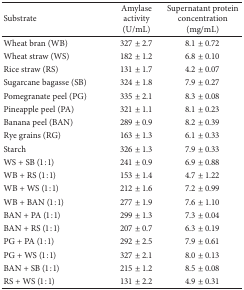
<table><thead><tr><td><b>Substrate</b></td><td><b>Amylase activity (U/mL)</b></td><td><b>Supernatant protein concentration (mg/mL)</b></td></tr></thead><tbody><tr><td>Wheat bran (WB) </td><td>327 ± 2.7</td><td>8.1 ± 0.72</td></tr><tr><td>Wheat straw (WS)</td><td>182 ± 1.2</td><td>6.8 ± 0.10</td></tr><tr><td>Rice straw (RS)</td><td>131 ± 1.7</td><td>4.2 ± 0.07</td></tr><tr><td>Sugarcane bagasse (SB)</td><td>324 ± 1.8</td><td>7.9 ± 0.27</td></tr><tr><td>Pomegranate peel (PG)</td><td>335 ± 2.1</td><td>8.3 ± 0.08</td></tr><tr><td>Pineapple peel (PA)</td><td>321 ± 1.1</td><td>8.1 ± 0.23</td></tr><tr><td>Banana peel (BAN)</td><td>289 ± 0.9</td><td>8.2 ± 0.39</td></tr><tr><td>Rye grains (RG)</td><td>163 ± 1.3</td><td>6.1 ± 0.33</td></tr><tr><td>Starch</td><td>326 ± 1.3</td><td>7.9 ± 0.33</td></tr><tr><td>WS + SB (1 : 1)</td><td>241 ± 0.9</td><td>6.9 ± 0.88</td></tr><tr><td>WB + RS (1 : 1)</td><td>153 ± 1.4</td><td>4.7 ± 1.22</td></tr><tr><td>WB + WS (1 : 1)</td><td>212 ± 1.6</td><td>7.2 ± 0.99</td></tr><tr><td>WB + BAN (1 : 1)</td><td>277 ± 1.9</td><td>7.6 ± 1.10</td></tr><tr><td>BAN + PA (1 : 1)</td><td>299 ± 1.3</td><td>7.3 ± 0.04</td></tr><tr><td>BAN + RS (1 : 1)</td><td>207 ± 0.7</td><td>6.3 ± 0.19</td></tr><tr><td>PG + PA (1 : 1)</td><td>292 ± 2.5</td><td>7.9 ± 0.61</td></tr><tr><td>PG + WS (1 : 1)</td><td>327 ± 2.1</td><td>8.0 ± 0.13</td></tr><tr><td>BAN + SB (1 : 1)</td><td>215 ± 1.2</td><td>8.5 ± 0.08</td></tr><tr><td>RS + WS (1 : 1)</td><td>131 ± 2.2</td><td>4.9 ± 0.31</td></tr></tbody></table>